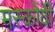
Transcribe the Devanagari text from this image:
मस्कोवी